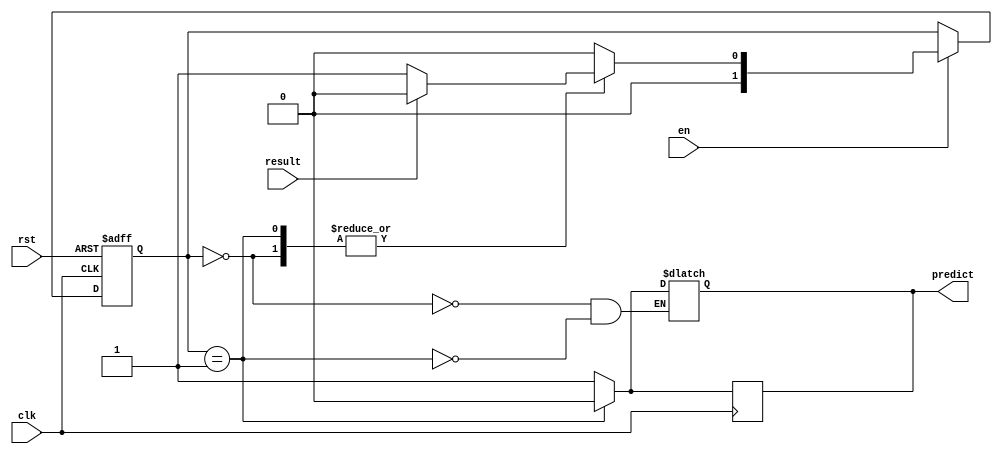
`timescale 1ns / 1ps

module BP_1Bit(
    input wire clk, rst, en,
    input wire result, //Taken = 1, Not Taken = 0
    output reg predict //Taken = 1, Not Taken = 0
    );
    
    parameter s1 = 1'b0;
    parameter s2 = 1'b1;
    
    reg [1:0] present_state, next_state;
    
    always @(present_state, result)
    begin
        case(present_state)
        s1: //Predict taken
        begin
            predict = 1;
            if(result)
                next_state = s1; //Stay in taken
            else
                next_state = s2; //Move to not taken
        end
        s2: //Predict not taken
        begin
            predict = 0;
            if(result)
                next_state = s1; //Move to taken
            else
                next_state = s2; //Stay in not taken
        end
        default: next_state = s1;
        endcase
    end
    always @ (posedge clk)
    begin
        if(present_state == s2)
            predict = 0;
        else
            predict = 1;
    end
    always @ (posedge clk, posedge rst)
    begin
        if (rst == 1'b1)
            present_state = s1;
        else if(en == 1'b1) 
            present_state = next_state;
    end
endmodule